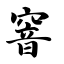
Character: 窨